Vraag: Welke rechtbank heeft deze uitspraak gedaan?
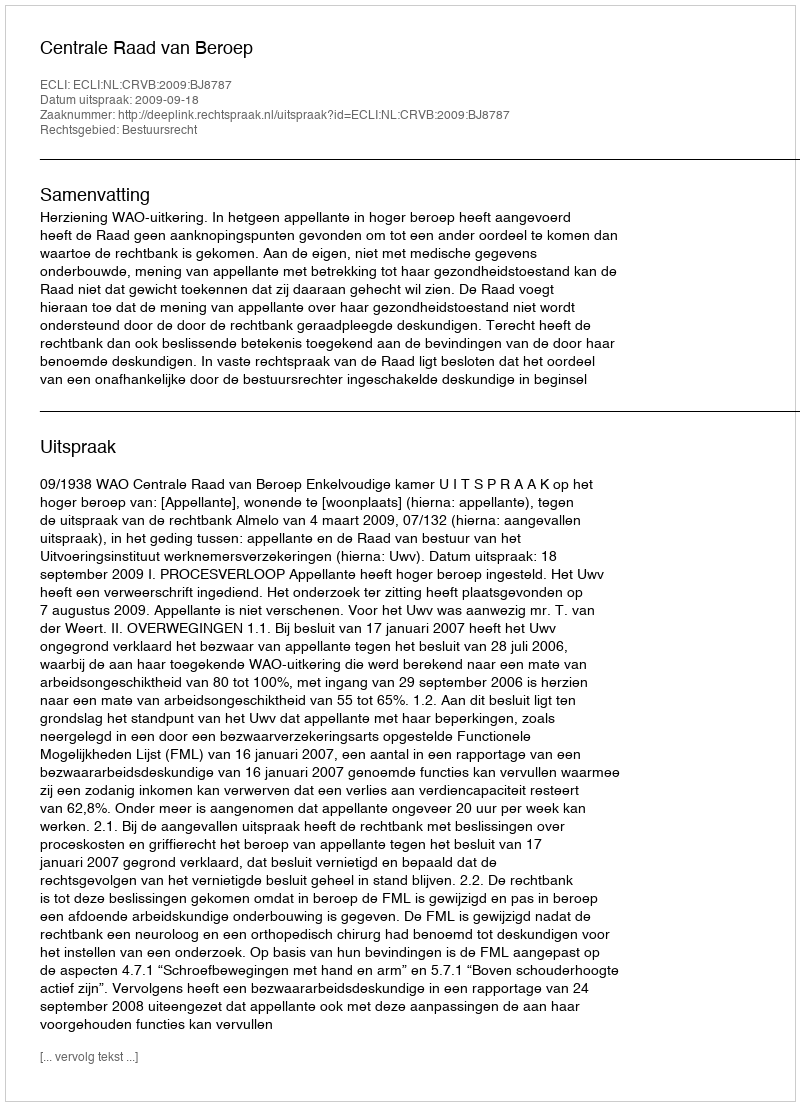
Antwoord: Centrale Raad van Beroep